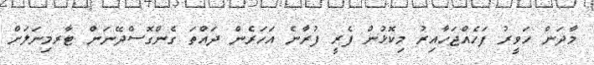
މާދަން ހަވީރު ފަހެއްޖަހާއިރު މިކޮޅުން ފެރީ ފުރާނެ އަހަރެން ދައްތަ ގެންގޮސްދޭނަން ޓާރމިނަލަށް